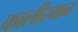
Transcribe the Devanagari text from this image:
कालीरमन